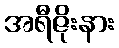
အရီဇိုးနား